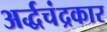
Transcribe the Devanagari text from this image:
अर्द्धचंद्रकार